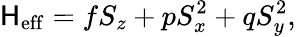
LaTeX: \mathsf{H}_{\mathrm{{eff}}}=fS_{z}+pS_{x}^{2}+qS_{y}^{2},